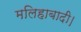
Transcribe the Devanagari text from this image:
मलिहाबादी।